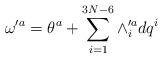
LaTeX: \begin{align*}\omega'^{a}=\theta^{a}+\sum_{i=1}^{3N-6}\wedge'^{a}_{i}dq^{i}\end{align*}